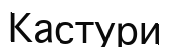
Кастури